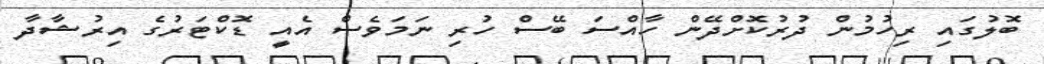
ބޮލުގައި ރިހުމުން ދުރުކޮށްދޭން ހާއްސަ ބޭސް ހުރި ނަމަވެސް އެއީ ޑޮކްޓަރުގެ އިރުޝާދާ